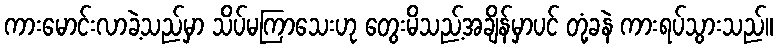
ကားမောင်းလာခဲ့သည်မှာ သိပ်မကြာသေးဟု တွေးမိသည့်အချိန်မှာပင် တုံ့ခနဲ ကားရပ်သွားသည်။